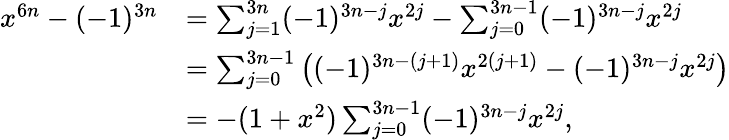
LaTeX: {\begin{array}{rl}{x^{6n}-(-1)^{3n}}&{=\sum_{j=1}^{3n}(-1)^{3n-j}x^{2j}-\sum_{j=0}^{3n-1}(-1)^{3n-j}x^{2j}}\\ &{=\sum_{j=0}^{3n-1}\left((-1)^{3n-(j+1)}x^{2(j+1)}-(-1)^{3n-j}x^{2j}\right)}\\ &{=-(1+x^{2})\sum_{j=0}^{3n-1}(-1)^{3n-j}x^{2j},}\end{array}}